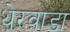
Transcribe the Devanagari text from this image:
थेरवाडा